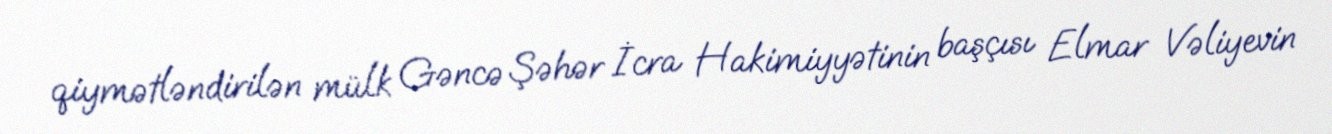
qiymətləndirilən mülk Gəncə Şəhər İcra Hakimiyyətinin başçısı Elmar Vəliyevin